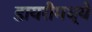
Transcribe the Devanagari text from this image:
डायरीमध्ये